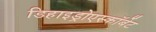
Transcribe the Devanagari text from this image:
डिहाइड्रोएस्कॉर्बेट